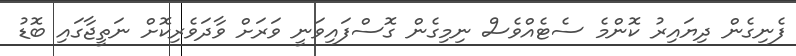
ފެނިގެން ދިޔައިރު ކޮންމެ ސެޓެއްވެސް ނިމިގެން ގޮސްފައިވަނީ ވަރަށް ވާދަވެރިކޮށް ނަތީޖާގައި ބޮޑު